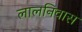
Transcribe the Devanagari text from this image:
लालनिवास